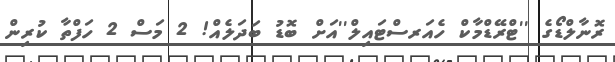
ރޮނާލްޑޯގެ ''ޓްރޭޑްމާކް ހެއަރސްޓައިލް''އަށް ބޮޑު ބަދަލެއް! 2 މަސް 2 ހަފްތާ ކުރިން